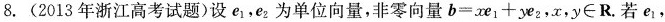
8.(2013年浙江高考试题)设e_{1}，e_{2}为单位向量，非零向量$$b = x